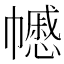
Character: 𢅪